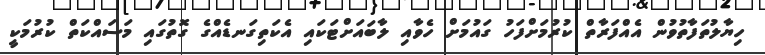
ހިޔާލުތަފާތުވުން އެއްފަރާތް ކުރުމަށްފަހު ގައުމަށް ހެވާއި ލާބައަށްޓަކައި އެކަތިގަނޑެއްގެ ގޮތުގައި މަސައްކަތް ކުރުމަކީ